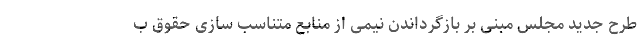
طرح جدید مجلس مبنی بر بازگرداندن نیمی از منابع متناسب سازی حقوق ب